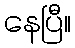
နေပြီ။